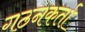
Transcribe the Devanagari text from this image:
गठनकर्ता